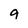
Character: 9